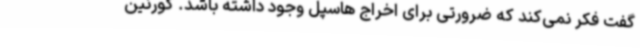
گفت فکر نمی‌کند که ضرورتی برای اخراج هاسپل وجود داشته باشد. کورنین